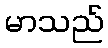
မာသည်